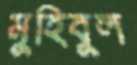
মুহিবুল